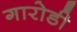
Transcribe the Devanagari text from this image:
गारोडी